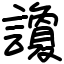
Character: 讂